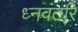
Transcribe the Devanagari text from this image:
ध्नवंतरि